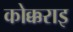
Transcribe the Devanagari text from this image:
कोक्कराइ